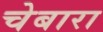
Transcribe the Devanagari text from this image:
चेबारा